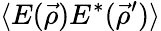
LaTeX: \langle E(\vec{\rho})E^{*}(\vec{\rho}^{\prime})\rangle